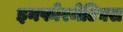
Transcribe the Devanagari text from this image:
इनफोरमेटिक्स